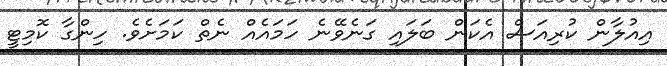
އިއުލާން ކުރިއަސް އެކަން ބަލައި ގަނެވޭނެ ހަމައެއް ނެތް ކަމަށެވެ. ހިންގާ ކޮމިޓީ